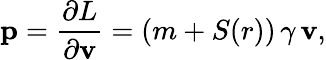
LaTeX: {\mathbf p}={\frac{\partial L}{\partial{\mathbf v}}}=(m+S(r))\, \gamma\, {\mathbf v},